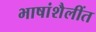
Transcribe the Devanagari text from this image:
भाषांशैलींत